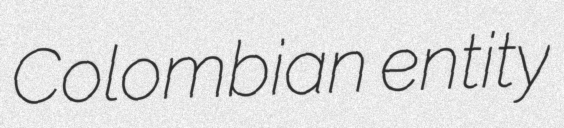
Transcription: Colombian entity